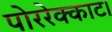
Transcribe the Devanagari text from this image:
पोररेक्काट।